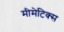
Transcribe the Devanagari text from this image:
मीमेटिक्स